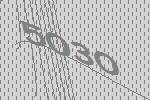
5030